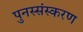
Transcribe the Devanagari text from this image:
पुनस्संस्करण